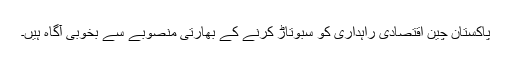
پاکستان چین اقتصادی راہداری کو سبوتاڑ کرنے کے بھارتی منصوبے سے بخوبی آگاہ ہیں۔